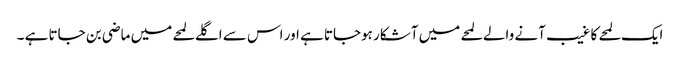
ایک لمحے کا غیب آنے والے لمحے میں آشکار ہوجاتا ہے اور اس سے اگلے لمحے میں ماضی بن جاتا ہے ۔